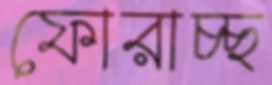
ফোরাচ্ছ